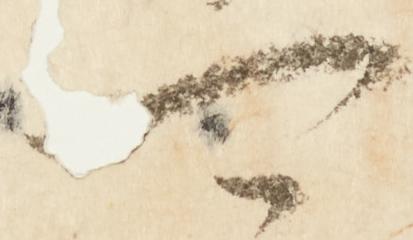
可